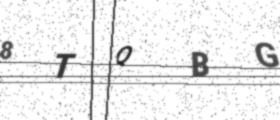
Text: 8TQBG